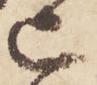
已